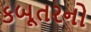
કબૂતરનો